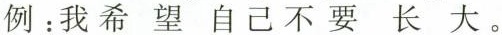
例：我希望自己不要长大。